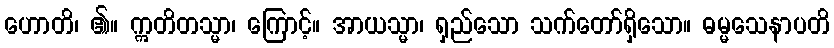
ဟောတိ၊ ၏။ ဣတိတသ္မာ၊ ကြောင့်။ အာယသ္မာ၊ ရှည်သော သက်တော်ရှိသော။ ဓမ္မသေနာပတိ